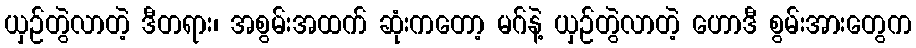
ယှဉ်တွဲလာတဲ့ ဒီတရား၊ အစွမ်းအထက် ဆုံးကတော့ မဂ်နဲ့ ယှဉ်တွဲလာတဲ့ ဟောဒီ စွမ်းအားတွေက